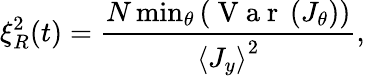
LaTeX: \xi_{R}^{2}(t)=\frac{N\operatorname*{min}_{\theta}\left(\mathrm{~V~a~r~}\left(J_{\theta}\right)\right)}{{\langle J_{y}\rangle}^{2}},